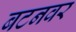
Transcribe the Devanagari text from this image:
बटनवर